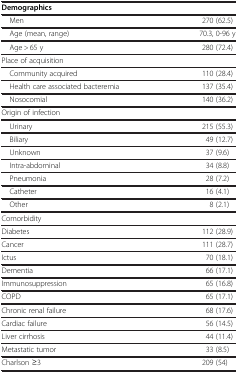
<table><thead><tr><td><b>Demographics</b></td><td><b> </b></td></tr></thead><tbody><tr><td> Men</td><td>270 (62.5)</td></tr><tr><td> Age (mean, range)</td><td>70.3, 0-96 y</td></tr><tr><td> Age &gt; 65 y</td><td>280 (72.4)</td></tr><tr><td colspan="2">Place of acquisition</td></tr><tr><td> Community acquired</td><td>110 (28.4)</td></tr><tr><td> Health care associated bacteremia</td><td>137 (35.4)</td></tr><tr><td> Nosocomial</td><td>140 (36.2)</td></tr><tr><td colspan="2">Origin of infection</td></tr><tr><td> Urinary</td><td>215 (55.3)</td></tr><tr><td> Biliary</td><td>49 (12.7)</td></tr><tr><td> Unknown</td><td>37 (9.6)</td></tr><tr><td> Intra-abdominal</td><td>34 (8.8)</td></tr><tr><td> Pneumonia</td><td>28 (7.2)</td></tr><tr><td> Catheter</td><td>16 (4.1)</td></tr><tr><td> Other</td><td>8 (2.1)</td></tr><tr><td colspan="2">Comorbidity</td></tr><tr><td>Diabetes</td><td>112 (28.9)</td></tr><tr><td>Cancer</td><td>111 (28.7)</td></tr><tr><td>Ictus</td><td>70 (18.1)</td></tr><tr><td>Dementia</td><td>66 (17.1)</td></tr><tr><td>Immunosuppression</td><td>65 (16.8)</td></tr><tr><td>COPD</td><td>65 (17.1)</td></tr><tr><td>Chronic renal failure</td><td>68 (17.6)</td></tr><tr><td>Cardiac failure</td><td>56 (14.5)</td></tr><tr><td>Liver cirrhosis</td><td>44 (11.4)</td></tr><tr><td>Metastatic tumor</td><td>33 (8.5)</td></tr><tr><td>Charlson ≥3</td><td>209 (54)</td></tr></tbody></table>